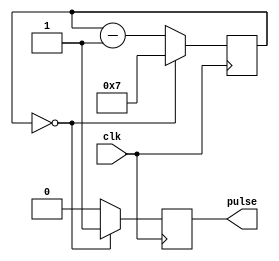
module Asynchronous_Pulse_Generator (
    input wire clk,
    output reg pulse
);

reg [7:0] counter;

always @(posedge clk) begin
    if (counter == 0) begin
        pulse <= 1;
        counter <= 7;
    end else begin
        pulse <= 0;
        counter <= counter - 1;
    end
end

endmodule